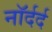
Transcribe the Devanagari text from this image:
नॉर्दर्द